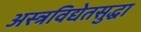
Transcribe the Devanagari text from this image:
अस्त्रविद्येतसुद्धा